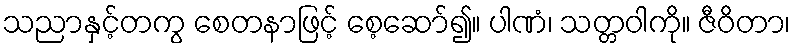
သညာနှင့်တကွ စေတနာဖြင့် စေ့ဆော်၍။ ပါဏံ၊ သတ္တဝါကို။ ဇီဝိတာ၊